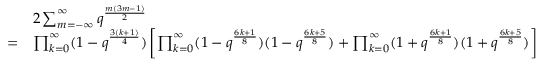
\begin{array} { r l } & { 2 \sum _ { m = - \infty } ^ { \infty } q ^ { \frac { m ( 3 m - 1 ) } { 2 } } } \\ { = } & { \prod _ { k = 0 } ^ { \infty } ( 1 - q ^ { \frac { 3 ( k + 1 ) } { 4 } } ) \left[ \prod _ { k = 0 } ^ { \infty } ( 1 - q ^ { \frac { 6 k + 1 } { 8 } } ) ( 1 - q ^ { \frac { 6 k + 5 } { 8 } } ) + \prod _ { k = 0 } ^ { \infty } ( 1 + q ^ { \frac { 6 k + 1 } { 8 } } ) ( 1 + q ^ { \frac { 6 k + 5 } { 8 } } ) \right] } \end{array}